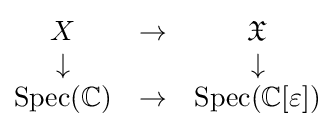
{\begin{matrix}X&\to &{\mathfrak {X}}\\\downarrow &&\downarrow \\{\text{Spec}}(\mathbb {C} )&\to &{\text{Spec}}(\mathbb {C} [\varepsilon ])\end{matrix}}